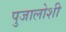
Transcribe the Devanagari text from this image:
पुजालोशी